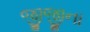
જીજીના